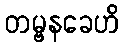
တမ္ဗနခေဟိ